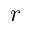
r